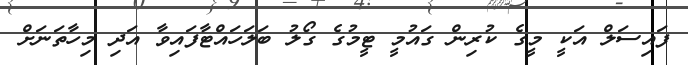
ފައިސަލް އަކީ މީގެ ކުރިން ގައުމީ ޓީމުގެ ގޯލު ބަލަހައްޓާފައިވާ އަދި މިހާތަނަށް